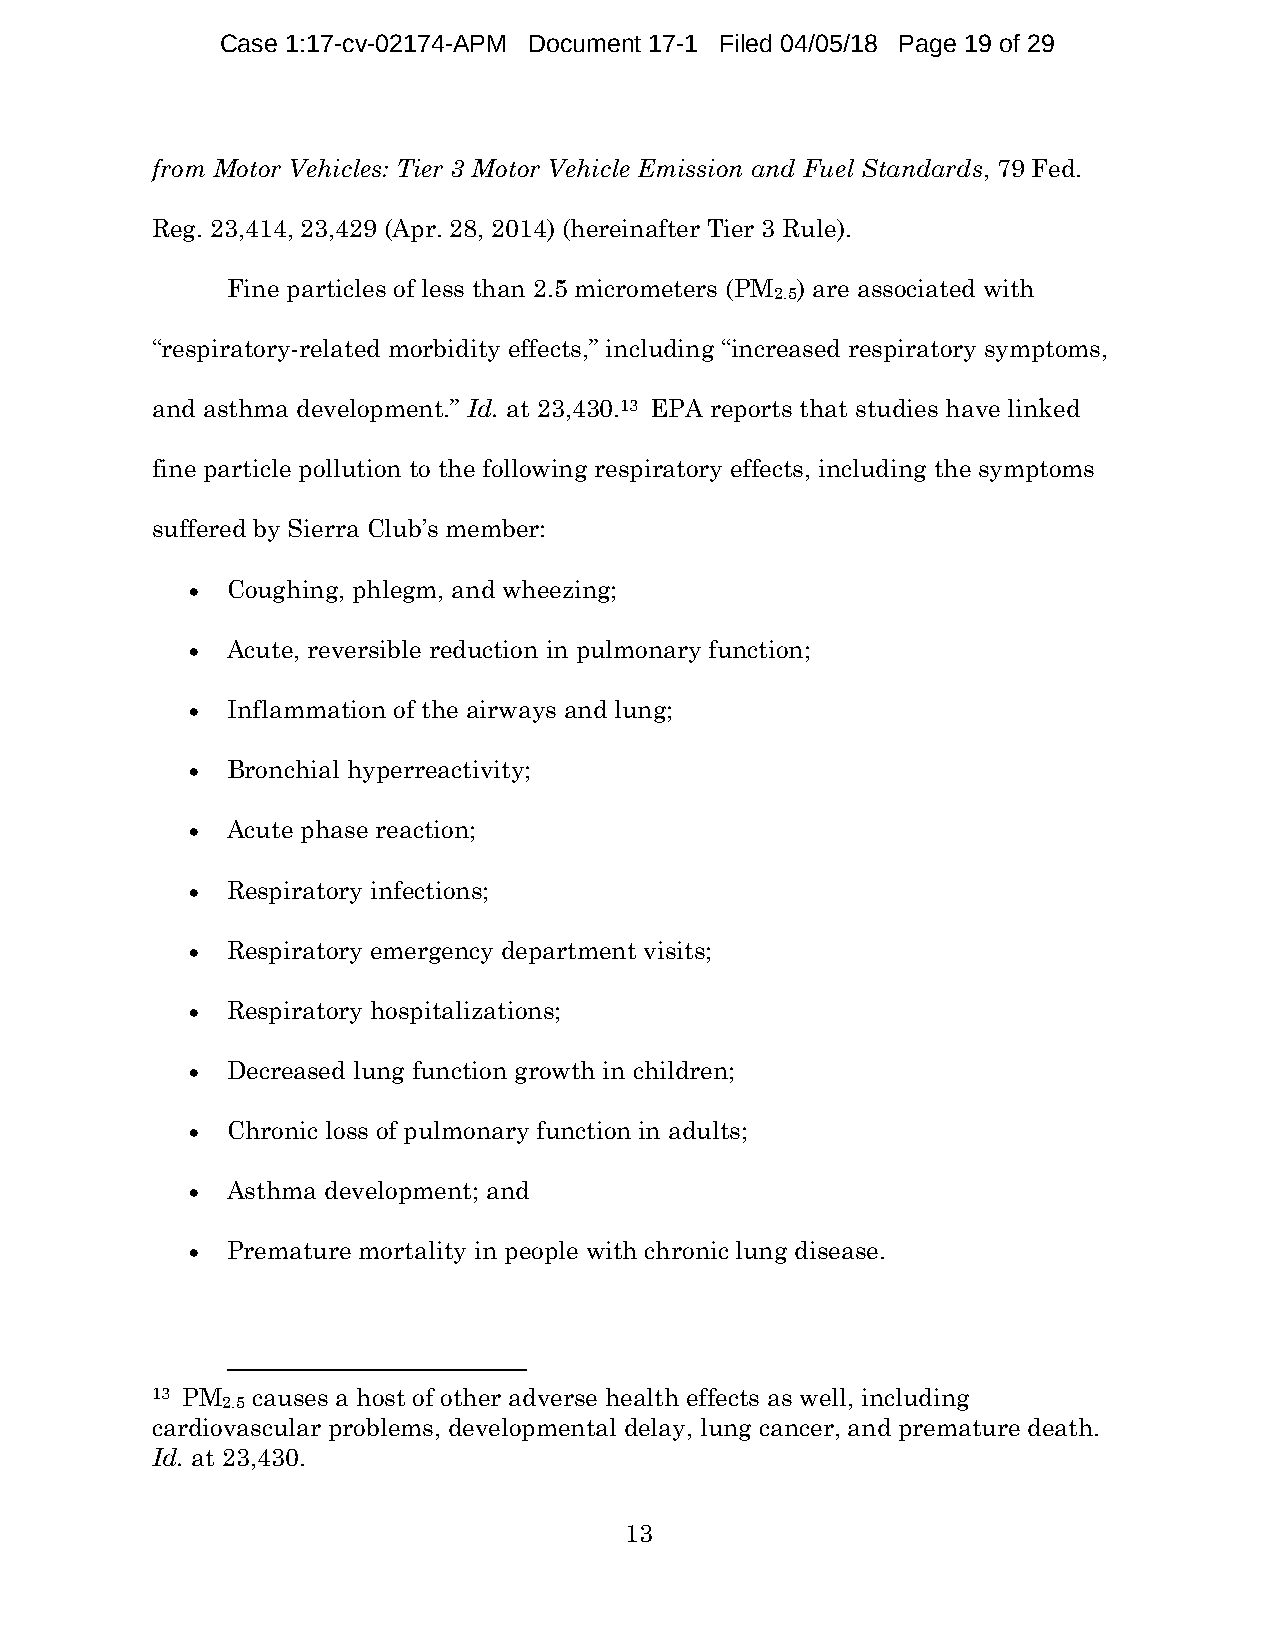
Case 1:17-cv-02174-APM Document 17-1 Filed 04/05/18 Page 19 of 29
 from Motor Vehicles: Tier 3 Motor Vehicle Emission and Fuel Standards, 79 Fed.
 Reg. 23,414, 23,429 (Apr. 28, 2014) (hereinafter Tier 3 Rule).
 Fine particles of less than 2.5 micrometers (PM ) are associated with
 2.5
 “respiratory-related morbidity effects,” including “increased respiratory symptoms,
 and asthma development.” Id. at 23,430.13 EPA reports that studies have linked
 fine particle pollution to the following respiratory effects, including the symptoms
 suffered by Sierra Club’s member:
 • Coughing, phlegm, and wheezing;
 • Acute, reversible reduction in pulmonary function;
 • Inflammation of the airways and lung;
 • Bronchial hyperreactivity;
 • Acute phase reaction;
 • Respiratory infections;
 • Respiratory emergency department visits;
 • Respiratory hospitalizations;
 • Decreased lung function growth in children;
 • Chronic loss of pulmonary function in adults;
 • Asthma development; and
 • Premature mortality in people with chronic lung disease.
 13 PM  causes a host of other adverse health effects as well, including
 2.5
 cardiovascular problems, developmental delay, lung cancer, and premature death.
 Id. at 23,430.
 13